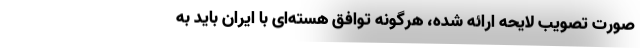
صورت تصویب لایحه ارائه شده، هرگونه توافق هسته‌ای با ایران باید به